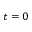
t = 0